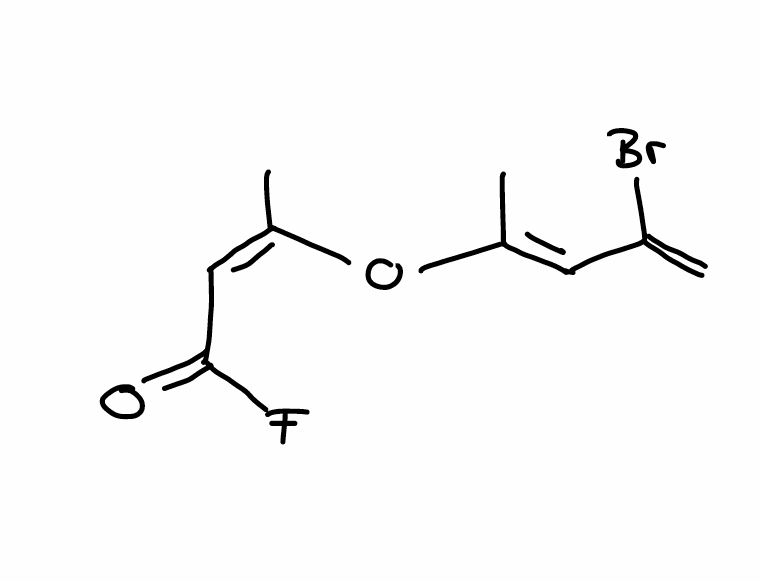
Simplified molecular-input line-entry system (SMILES) notation of the given molecule:
C/C(=C\C(=C)Br)/O/C(=C\C(=O)F)/C